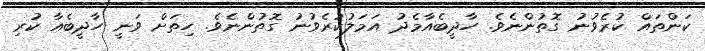
ކަންތައް ކުރެވުނު ގޮތުންނެވެ. ހާދީބެއާމެދު އަމަލުކުރެވުނު ގޮތުންނެވެ. ހިތަށް ވަނީ ހާދީބެއާ ކުރި